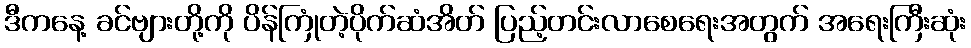
ဒီကနေ့ ခင်ဗျားတို့ကို ပိန်ကြုံတဲ့ပိုက်ဆံအိတ် ပြည့်တင်းလာစေရေးအတွက် အရေးကြီးဆုံး